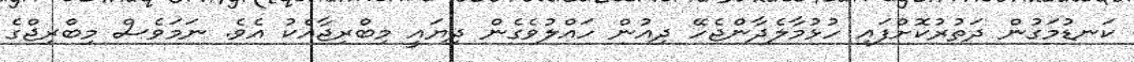
ކަނޑުމަގުން ދަތުރުކޮށްފައި ހުޅުމާލެދާންޖެހޭ ދިއުން ހައްލުވެގެން ދިޔައީ މިބްރިޖާއެކު އެވެ. ނަމަވެސް މިބްރިޖްގެ